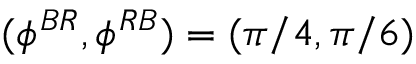
( \phi ^ { B R } , \phi ^ { R B } ) = ( \pi / 4 , \pi / 6 )